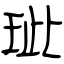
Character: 玼